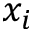
x _ { i }